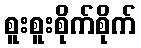
စူးစူးစိုက်စိုက်